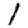
Digit: 1